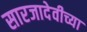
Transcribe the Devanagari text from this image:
सारजादेवीच्या